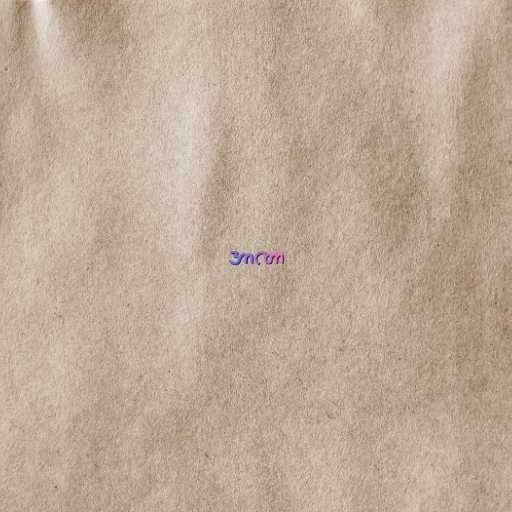
အာဏာ